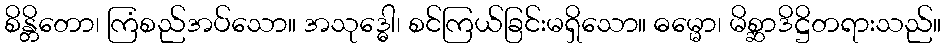
စိန္တိတော၊ ကြံစည်အပ်သော။ အသုဒ္ဓေါ၊ စင်ကြယ်ခြင်းမရှိသော။ ဓမ္မော၊ မိစ္ဆာဒိဋ္ဌိတရားသည်။